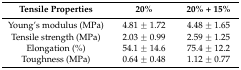
| Tensile Properties | 20% | 20% + 15% |
 | --- | --- | --- |
 | Young’s modulus (MPa) | 4.81 ± 1.72 | 4.48 ± 1.65 |
 | Tensile strength (MPa) | 2.03 ± 0.99 | 2.59 ± 1.25 |
 | Elongation (%) | 54.1 ± 14.6 | 75.4 ± 12.2 |
 | Toughness (MPa) | 0.64 ± 0.48 | 1.12 ± 0.77 |